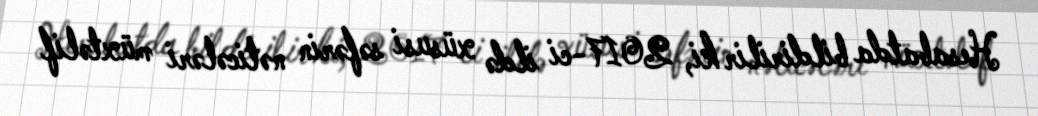
Hesabatda bildirilir ki, 2017-ci ildə xüsusi səfərin nəticələri müxtəlif